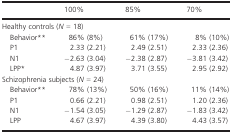
<table><thead><tr><td>[EMPTY_CELL]</td><td><b>100%</b></td><td><b>85%</b></td><td><b>70%</b></td></tr></thead><tbody><tr><td colspan="4">Healthy controls (<i>N</i> = 18)</td></tr><tr><td> Behavior**</td><td>86% (8%)</td><td>61% (17%)</td><td>8% (10%)</td></tr><tr><td> P1</td><td>2.33 (2.21)</td><td>2.49 (2.51)</td><td>2.33 (2.36)</td></tr><tr><td> N1</td><td>−2.63 (3.04)</td><td>−2.38 (2.87)</td><td>−3.81 (3.42)</td></tr><tr><td> LPP*</td><td>4.87 (3.97)</td><td>3.71 (3.55)</td><td>2.95 (2.92)</td></tr><tr><td colspan="4">Schizophrenia subjects (<i>N</i> = 24)</td></tr><tr><td> Behavior**</td><td>78% (13%)</td><td>50% (16%)</td><td>11% (14%)</td></tr><tr><td> P1</td><td>0.66 (2.21)</td><td>0.98 (2.51)</td><td>1.20 (2.36)</td></tr><tr><td> N1</td><td>−1.54 (3.05)</td><td>−1.29 (2.87)</td><td>−1.83 (3.42)</td></tr><tr><td> LPP</td><td>4.67 (3.97)</td><td>4.39 (3.80)</td><td>4.43 (3.57)</td></tr></tbody></table>